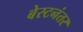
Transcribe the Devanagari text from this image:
बेस्टनंतर